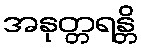
အနုတ္တရန္တိ